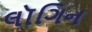
લૉગિન